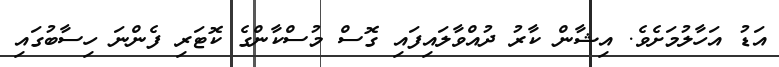
އަޑު އަހާލުމަށެވެ. އިޝާން ކާރު ދުއްވާލައިފައި ގޮސް މުސްކާންގެ ކޮޓަރި ފެންނަ ހިސާބުގައި